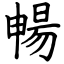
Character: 暢